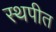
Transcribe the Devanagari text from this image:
स्थपीत